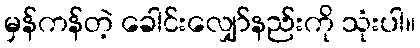
မှန်ကန်တဲ့ ခေါင်းလျှော်နည်းကို သုံးပါ။